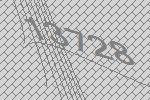
13728